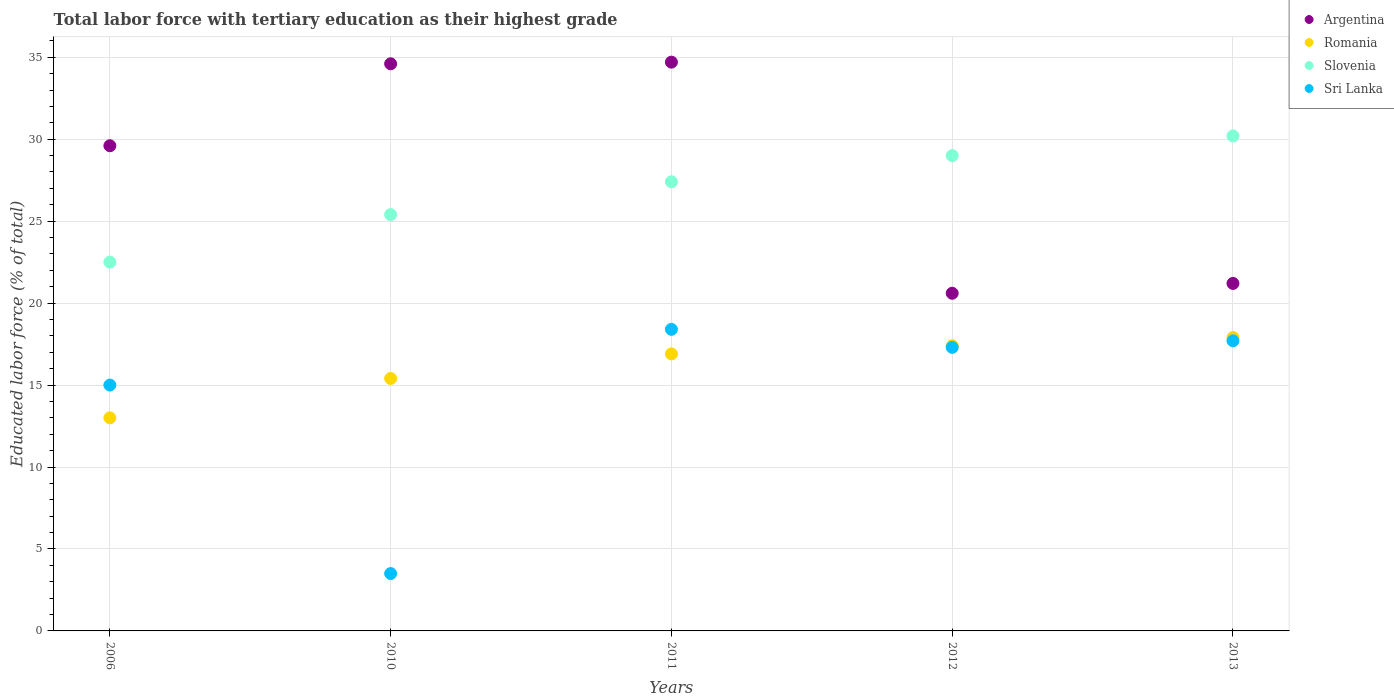
| Years | Argentina | Romania | Slovenia | Sri Lanka |
 | --- | --- | --- | --- | --- |
 | 2006 | 29.6 | 13 | 22.5 | 15 |
 | 2010 | 34.6 | 15.4 | 25.4 | 3.5 |
 | 2011 | 34.7 | 16.9 | 27.4 | 18.4 |
 | 2012 | 20.6 | 17.4 | 29 | 17.3 |
 | 2013 | 21.2 | 17.9 | 30.2 | 17.7 |